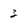
Character: 3